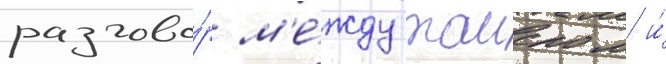
разгово́р м'е́жду таиером и́